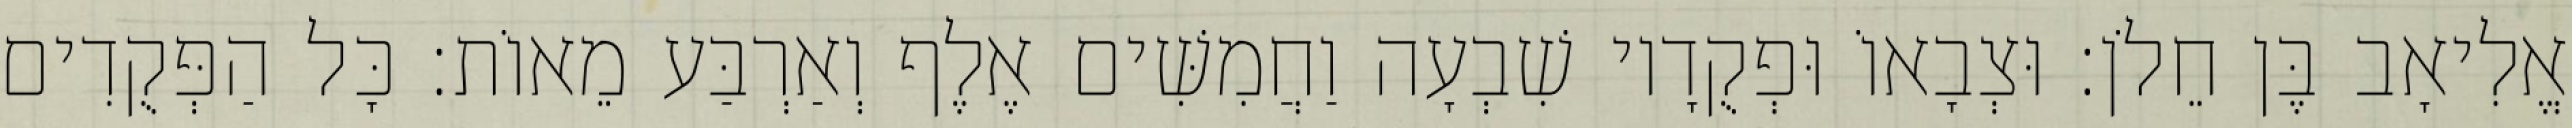
אֱלִיאָב בֶּן חֵלֹן׃ וּצְבָאוֹ וּפְקֻדָיו שִׁבְעָה וַחֲמִשִּׁים אֶלֶף וְאַרְבַּע מֵאוֹת׃ כָּל הַפְּקֻדִים